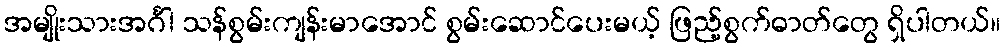
အမျိုးသားအင်္ဂါ သန်စွမ်းကျန်းမာအောင် စွမ်းဆောင်ပေးမယ့် ဖြည့်စွက်ဓာတ်တွေ ရှိပါတယ်။